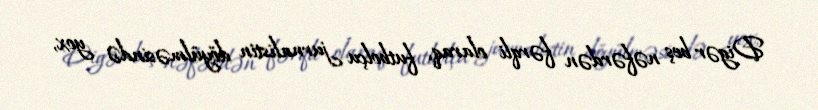
Digər beş nəfərdən fərqli olaraq, futbolçu jurnalistin döyülməsində yox,